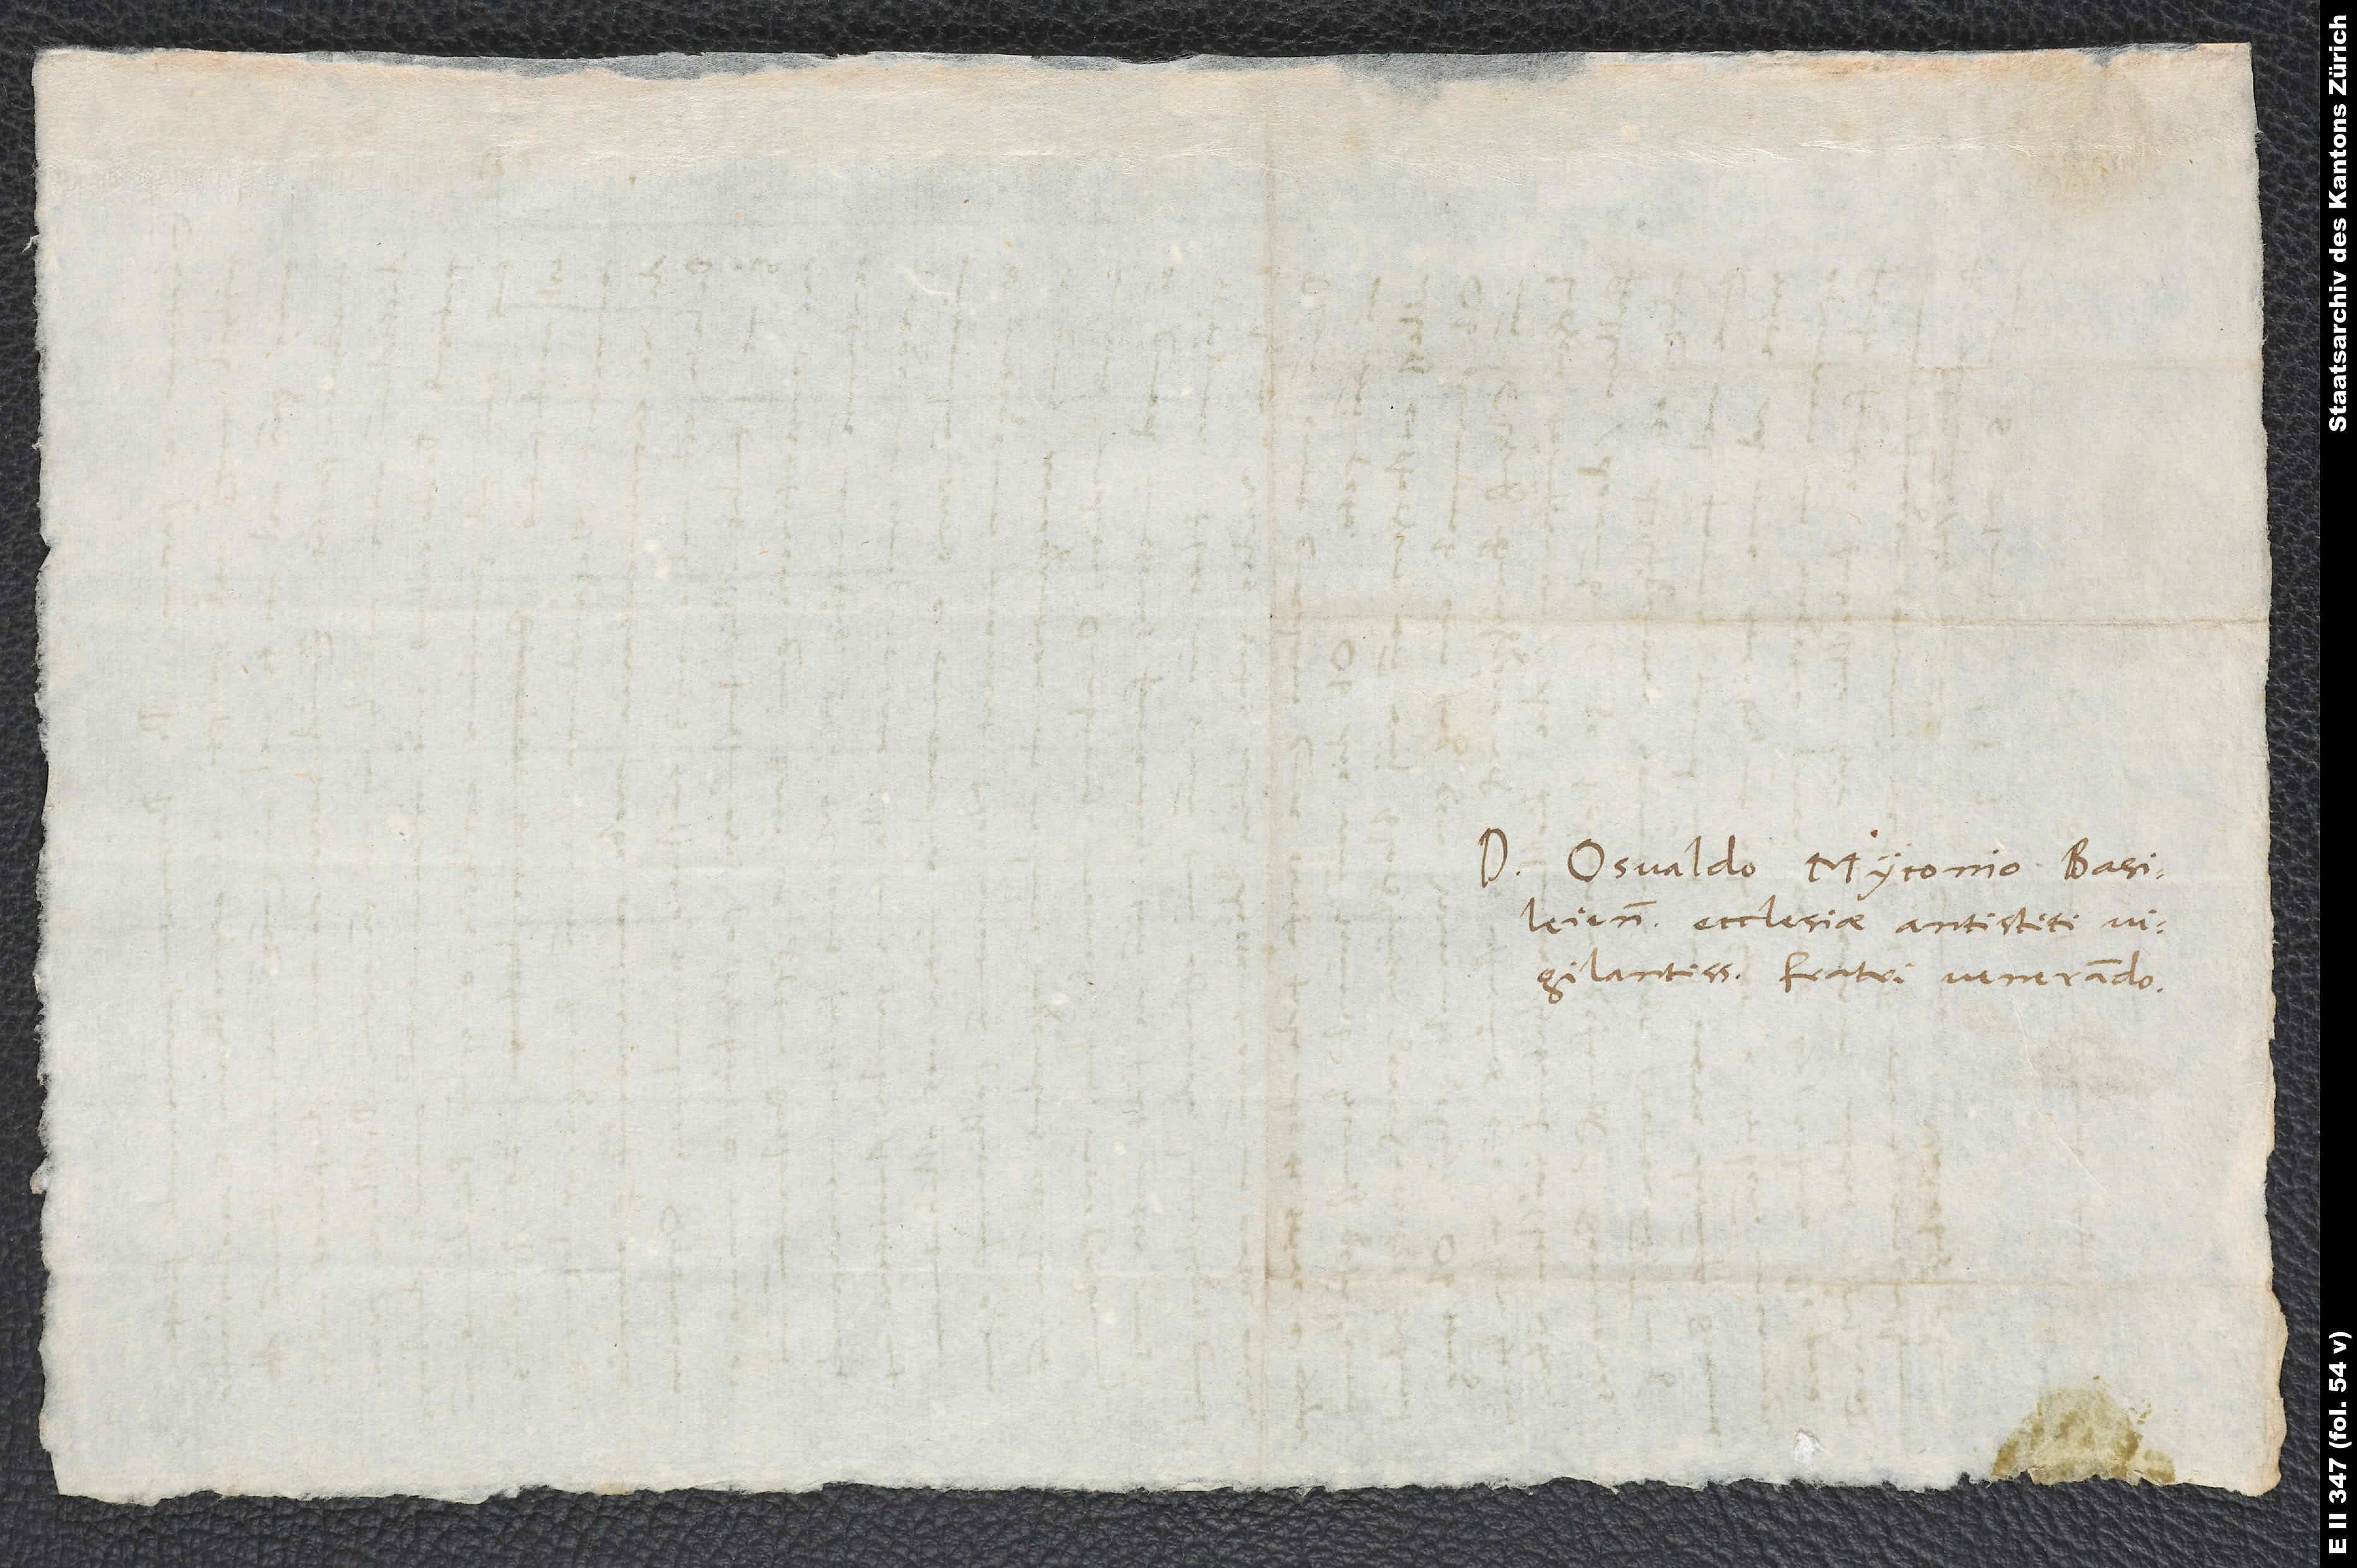
Domino Osvaldo Myconio, Basileiensis
ecclesiae antistiti
vigilantissimo, fratri venerando.